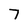
Character: 7